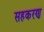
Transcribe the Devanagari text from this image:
सहकरण